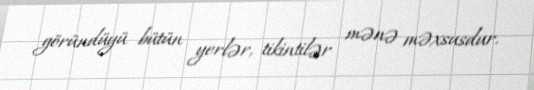
göründüyü bütün yerlər, tikintilər mənə məxsusdur.